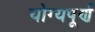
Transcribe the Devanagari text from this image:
योग्यपूर्ण